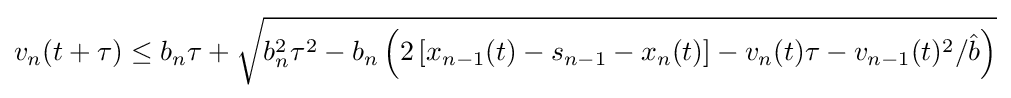
v_{n}(t+\tau )\leq b_{n}\tau +{\sqrt {b_{n}^{2}\tau ^{2}-b_{n}\left(2\left[x_{n-1}(t)-s_{n-1}-x_{n}(t)\right]-v_{n}(t)\tau -v_{n-1}(t)^{2}/{\hat {b}}\right)}}